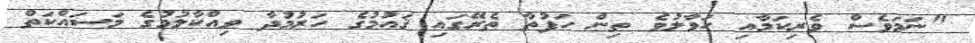
"ނަމަވެސް ވެރިކަމާއި ހަވާލުވެ ތިން ހަފުތާ ތެރޭގައި ޤައުމުގެ ހަރުމުދާ ވިއްކާލުމުގެ މަސައްކަތް